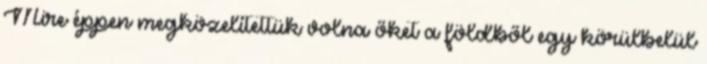
Mire éppen megközelítettük volna őket a földből egy körülbelül